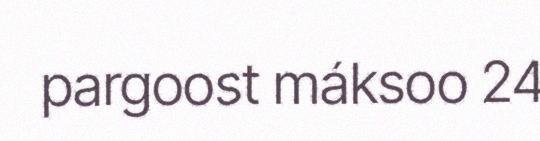
pargoost máksoo 24